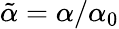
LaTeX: \tilde{\alpha}=\alpha/\alpha_{0}